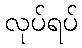
လုပ်ရပ်